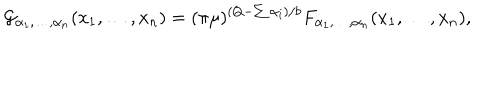
{ \cal G } _ { \alpha _ { 1 } , \ldots , \alpha _ { n } } ( x _ { 1 } , \ldots , x _ { n } ) = ( \pi \mu ) ^ { ( Q - \sum \alpha _ { i } ) / b } F _ { \alpha _ { 1 } , \ldots , \alpha _ { n } } ( x _ { 1 } , \ldots , x _ { n } ) ,